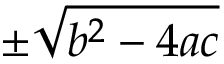
\pm { \sqrt { b ^ { 2 } - 4 a c } }